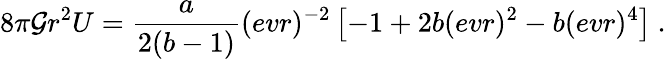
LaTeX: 8\pi\mathcal{G}r^{2}U={\frac{{{a}}}{{2({{b}}-1)}}}(evr)^{-2}\left[-1+2{{b}}(evr)^{2}-{{b}}(evr)^{4}\right]\ .